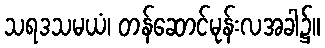
သရဒသမယံ၊ တန်ဆောင်မုန်းလအခါ၌။